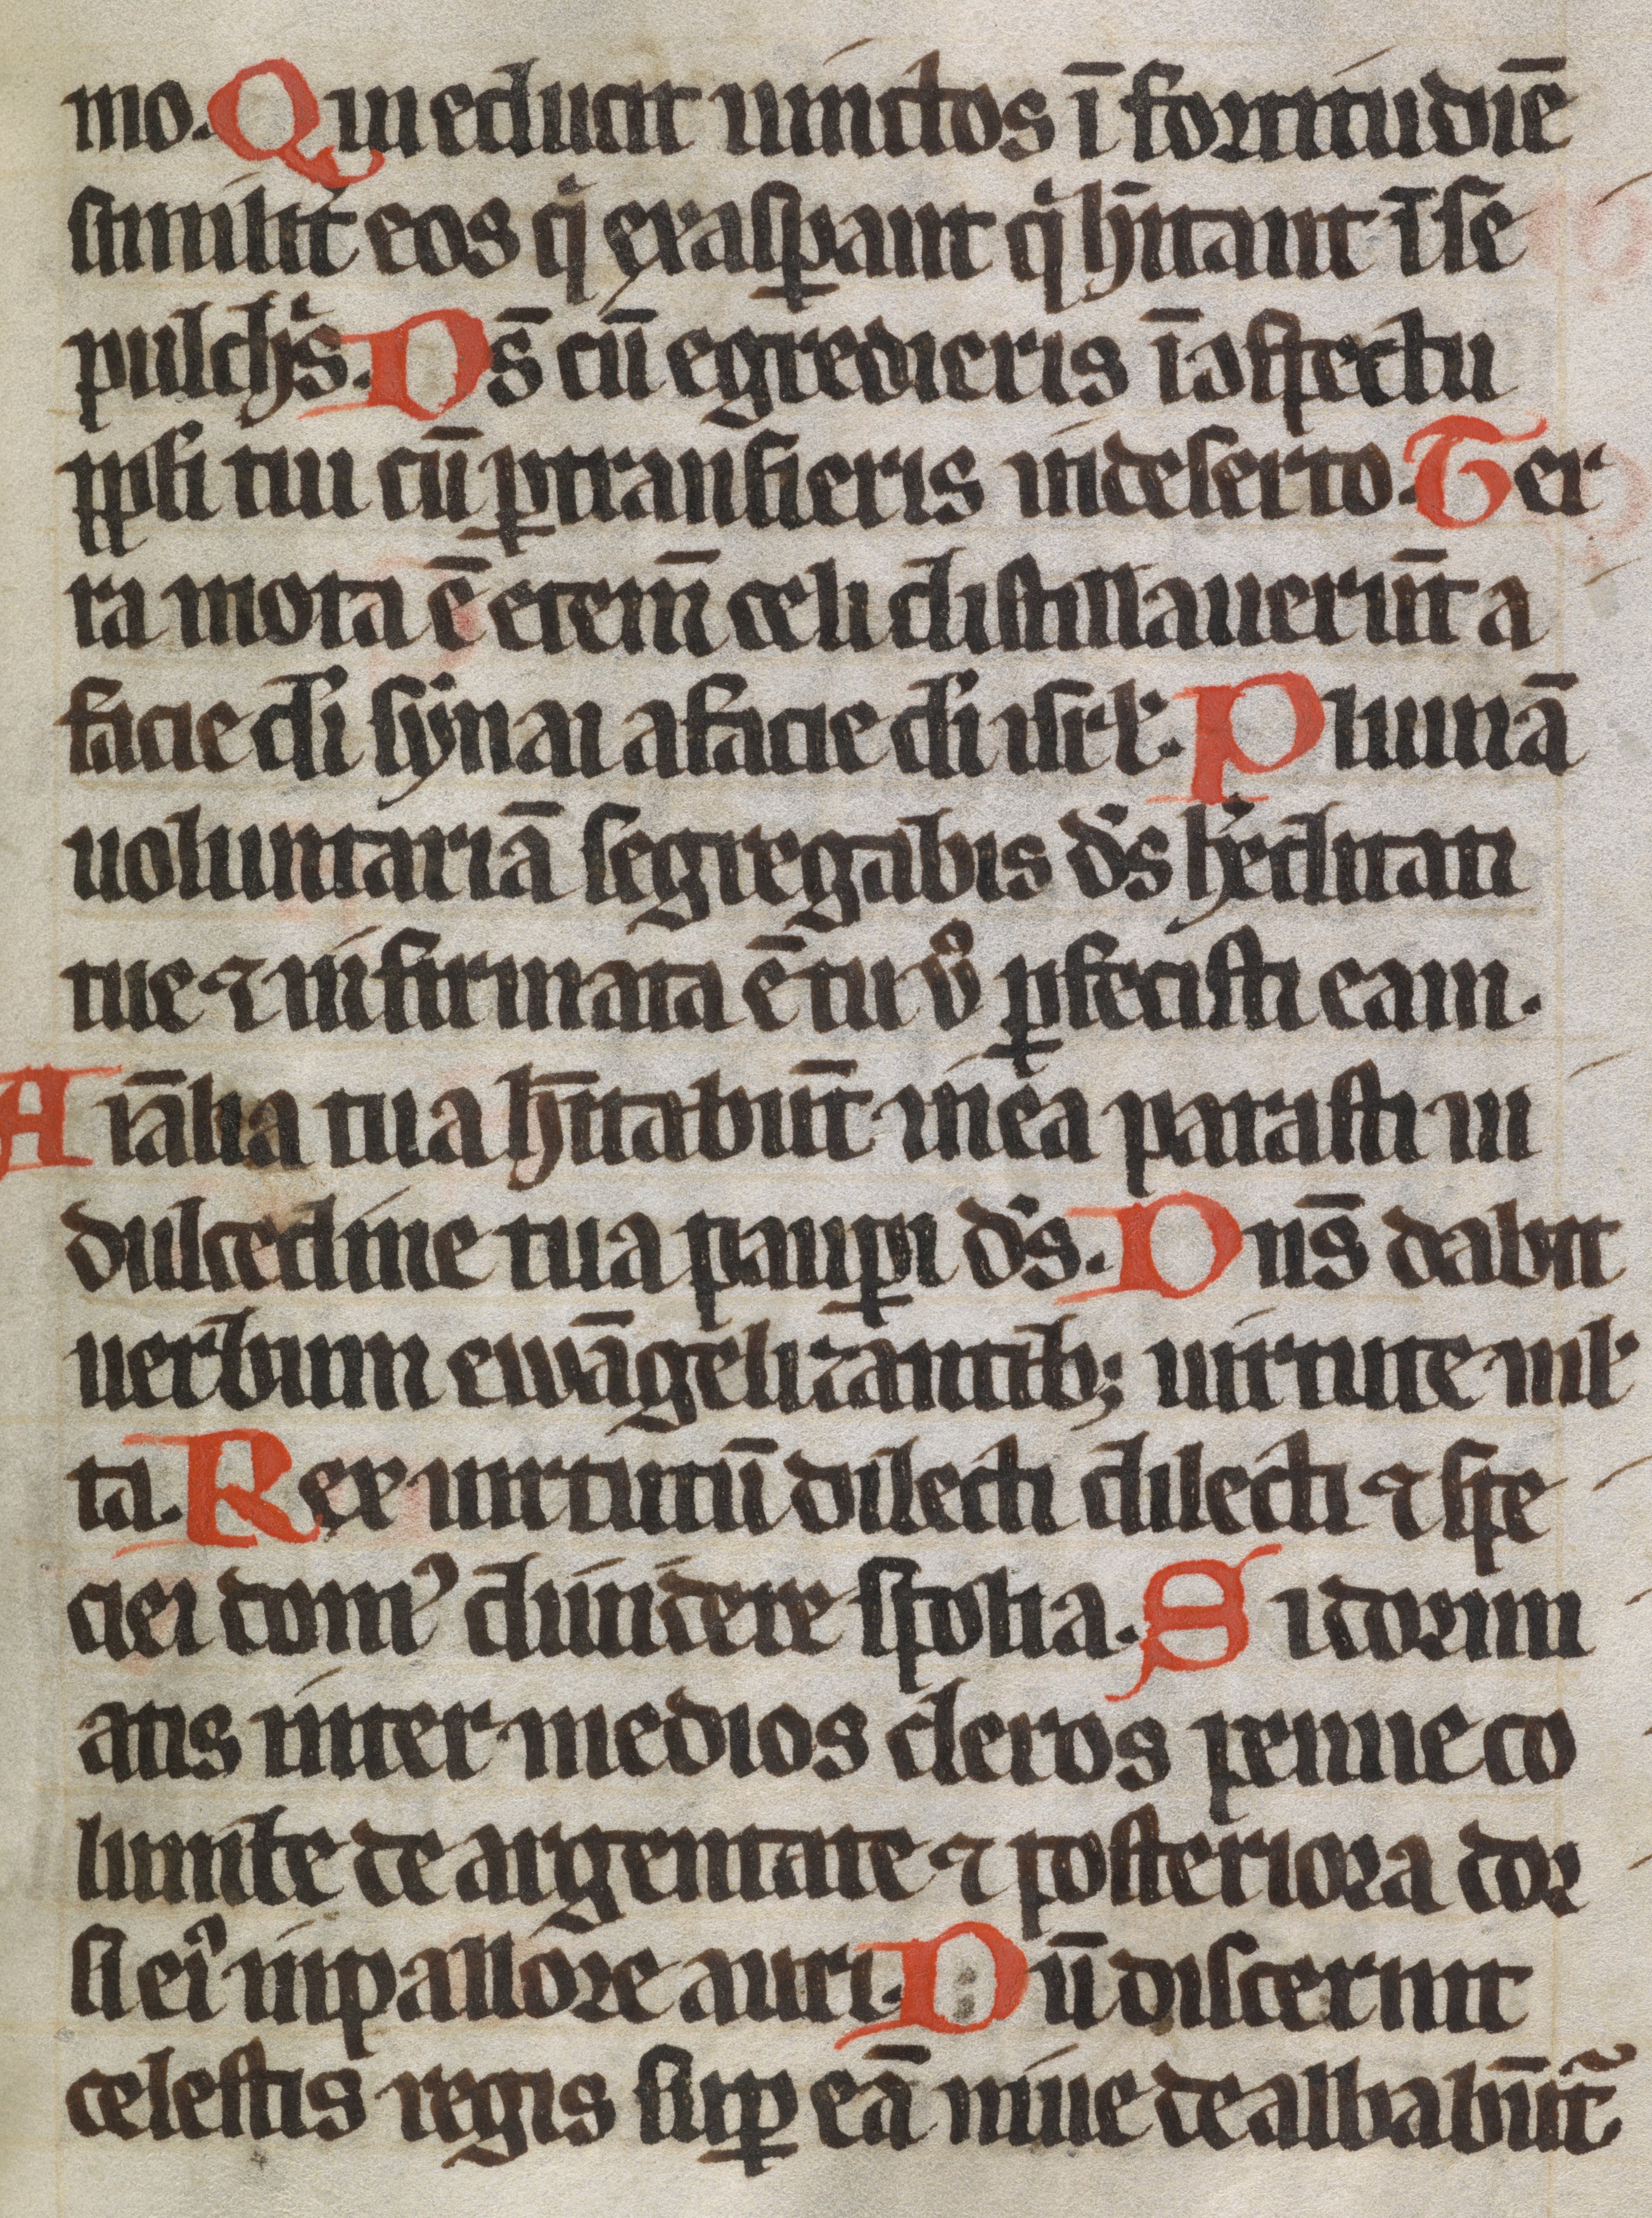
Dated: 1300–1399